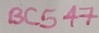
Text: BC547